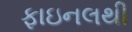
ફાઇનલથી